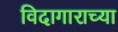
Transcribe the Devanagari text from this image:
विदागाराच्या